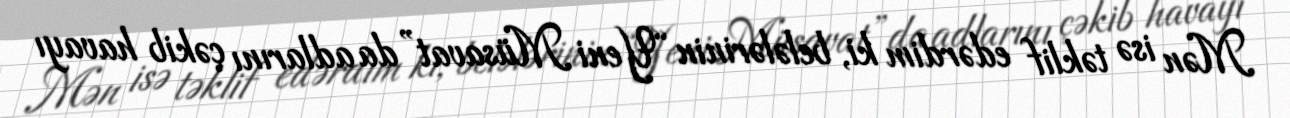
Mən isə təklif edərdim ki, belələrinin “Yeni Müsavat”da adlarını çəkib havayı